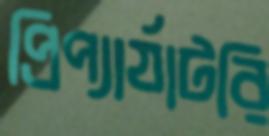
প্রিপ্যার্যাটরি